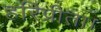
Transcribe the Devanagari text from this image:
हरिप्रीता।